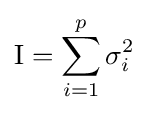
\mathrm {I} =\sum _{i=1}^{p}\sigma _{i}^{2}